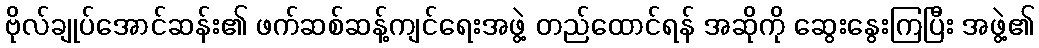
ဗိုလ်ချုပ်အောင်ဆန်း၏ ဖက်ဆစ်ဆန့်ကျင်ရေးအဖွဲ့ တည်ထောင်ရန် အဆိုကို ဆွေးနွေးကြပြီး အဖွဲ့၏